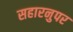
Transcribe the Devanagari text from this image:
सहारनुपर